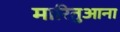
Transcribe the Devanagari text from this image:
मारितुआना